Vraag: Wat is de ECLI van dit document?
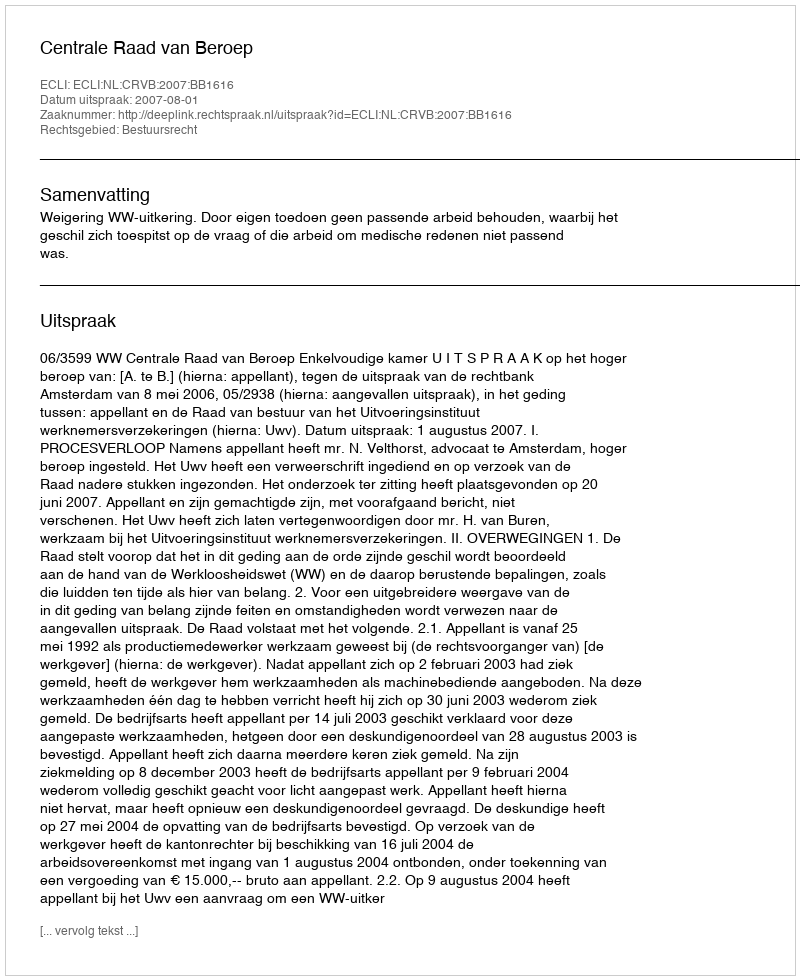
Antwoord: ECLI:NL:CRVB:2007:BB1616